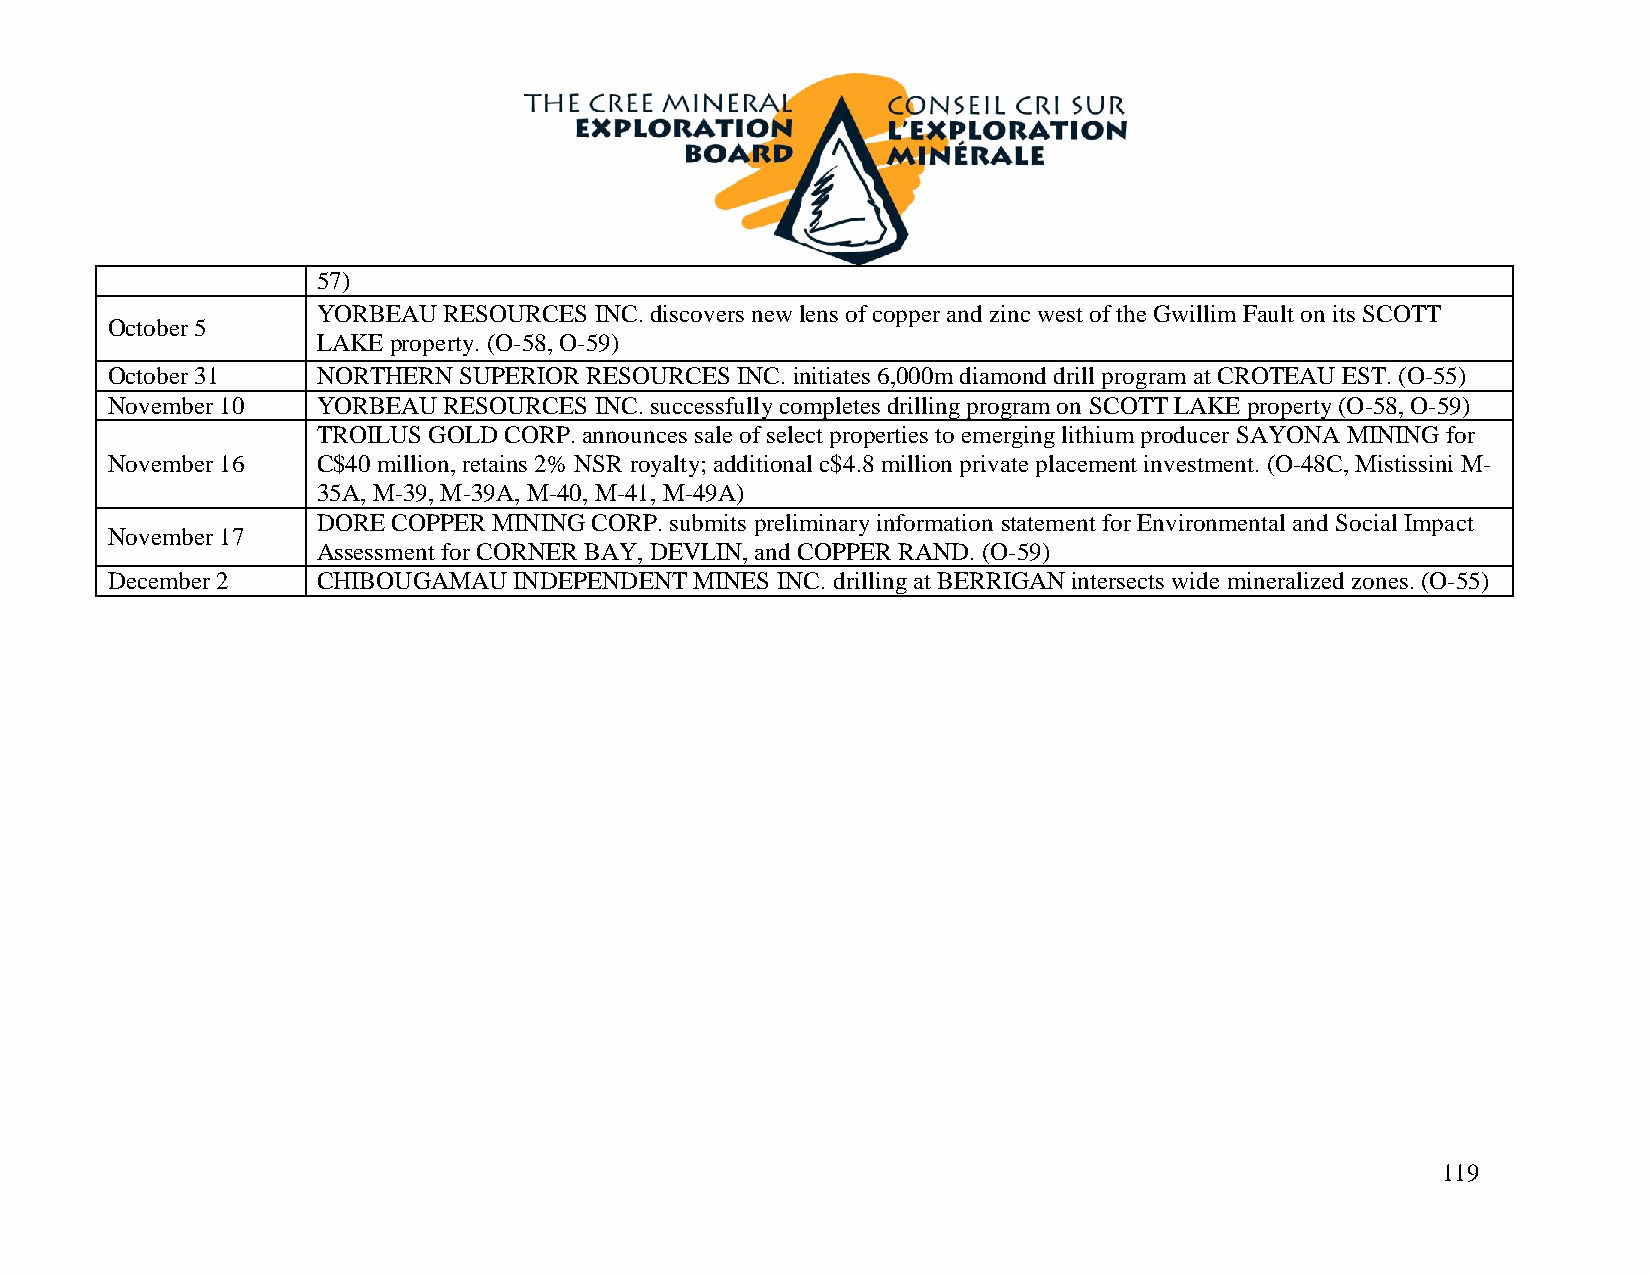
57)
 YORBEAU RESOURCES INC. discovers new lens of copper and zinc west of the Gwillim Fault on its SCOTT
 October 5
 LAKE property. (O-58, O-59)
 October 31    NORTHERN SUPERIOR RESOURCES INC. initiates 6,000m diamond drill program at CROTEAU EST. (O-55)
 November 10   YORBEAU RESOURCES INC. successfully completes drilling program on SCOTT LAKE property (O-58, O-59)
 TROILUS GOLD CORP. announces sale of select properties to emerging lithium producer SAYONA MINING for
 November 16   C$40 million, retains 2% NSR royalty; additional c$4.8 million private placement investment. (O-48C, Mistissini M-
 35A, M-39, M-39A, M-40, M-41, M-49A)
 DORE COPPER MINING CORP. submits preliminary information statement for Environmental and Social Impact
 November 17
 Assessment for CORNER BAY, DEVLIN, and COPPER RAND. (O-59)
 December 2    CHIBOUGAMAU  INDEPENDENT MINES INC. drilling at BERRIGAN intersects wide mineralized zones. (O-55)
 119